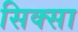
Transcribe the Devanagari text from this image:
सिक्सा